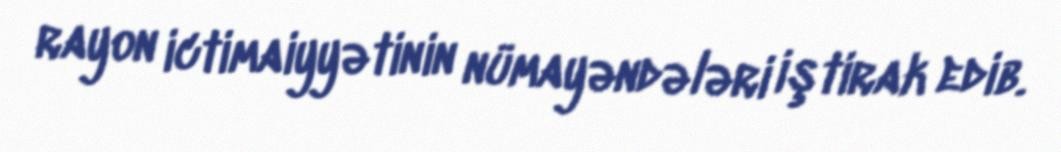
rayon ictimaiyyətinin nümayəndələri iştirak edib.